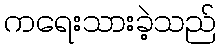
ကရေးသားခဲ့သည်